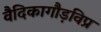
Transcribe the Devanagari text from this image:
वैदिकागौड़विप्र